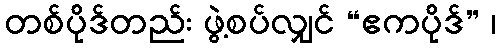
တစ်ပိုဒ်တည်း ဖွဲ့စပ်လျှင် “ဧကပိုဒ်” ၊